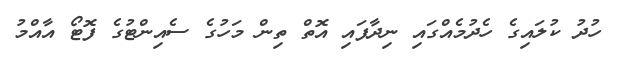
ހުދު ކުލައިގެ ހެދުމެއްގައި ނިދާފައި އޮތް ތިން މަހުގެ ސެއިންޓުގެ ފޮޓޯ އާއްމު